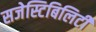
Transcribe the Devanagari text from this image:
सजेस्टिबिलिटी